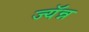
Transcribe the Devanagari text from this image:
ज्यॅन्न